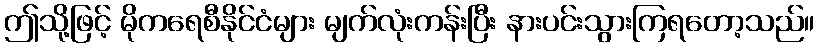
ဤသို့ဖြင့် မိုကရေစီနိုင်ငံများ မျက်လုံးကန်းပြီး နားပင်းသွားကြရတော့သည်။